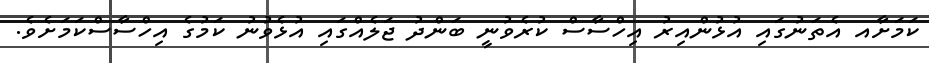
ކަމަށާއ އެތަނުގައި އުޅުންއިރު އިހްސާސް ކުރެވުނީ ބަންދު ޖަލެއްގައި އުޅެވުނު ކަމުގެ އިހްސާސްކަމަށެވެ.